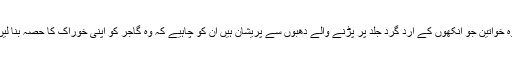
وہ خواتین جو آنکھوں کے ارد گرد جلد پر پڑنے والے دھبوں سے پریشان ہیں ان کو چاہیے کہ وہ گاجر کو اپنی خوراک کا حصہ بنا لیں۔